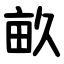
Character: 畝